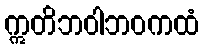
ဣတိဘဝါဘဝကထံ